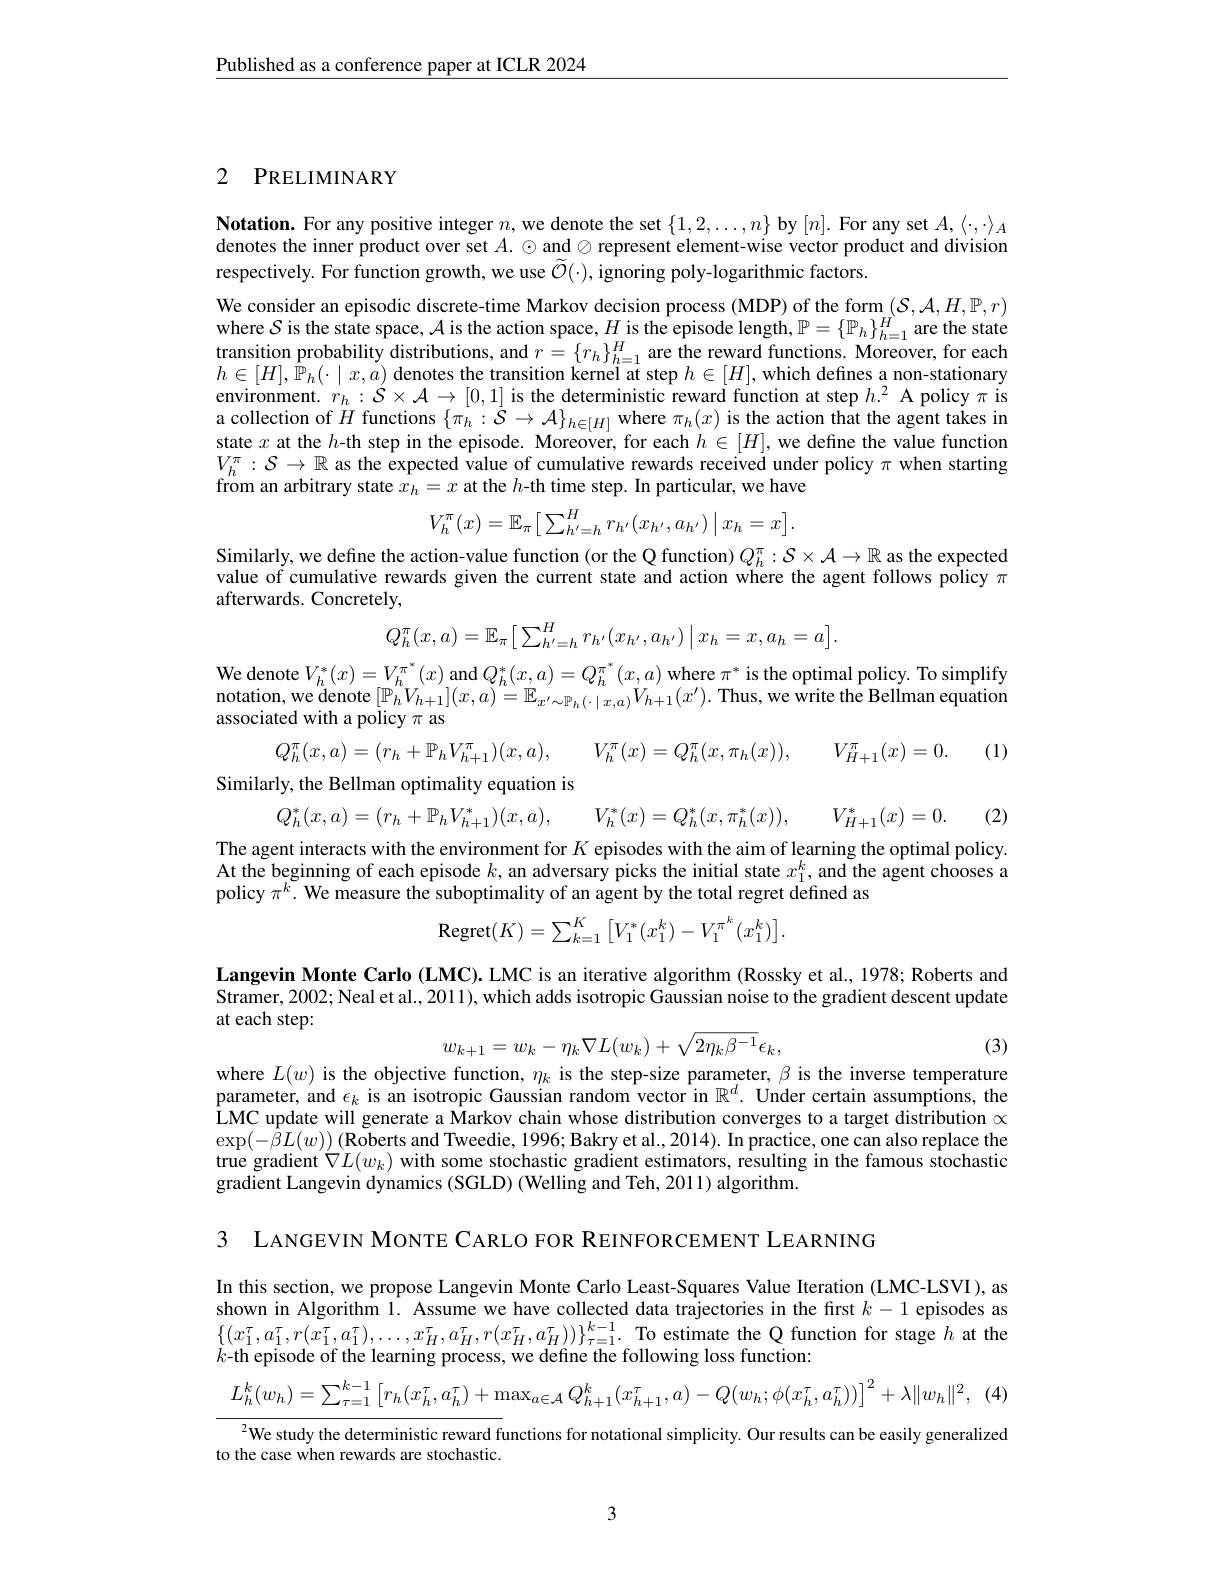
$\underline{\text{Published as a conference paper at ICLR 2024}}$

## 2 PRELIMINARY

$\textbf{Notation. For any positive integer }n$,we denote the set $\{1,2,\ldots,n\}$ by $[n].$ For any set $A,\langle\cdot,\cdot\rangle_A$

denotes the inner product over set $A.\odot$ and $\oslash$ represent element-wise vector product and division
respectively. For function growth, we use $\widetilde{\mathcal{O}}(\cdot)$, ignoring poly-logarithmic factors.
We consider an episodic discrete-time Markov decision process (MDP) of the form $(\mathcal{S},\mathcal{A},H,\mathbb{P},r)$ where $S$ is the state space, $\mathcal{A}$ is the action space, $H$ is the episode length, $\mathbb{P}=\{\mathbb{P}_h\}_h=1^H$ are the state $\begin{array}{ll}\text{transition probability distributions,and }r=\{r_h\}_{h=1}^H\text{are the reward functions. Moreover, for each}\\h\in[H],\mathbb{P}_h(\cdot\mid x,a)\text{ denotes the transition kernel at step }h\in[H],\text{which defines a non-stationary}\end{array}$ $\begin{array}{l}{\text{environment.}}r_{h}:S\times\mathcal{A}\to[0,1]\text{ is the deterministic reward function at step }h.^{2}\text{ A policy }\pi\text{ is}\\{\text{a collection of }H\text{ functions }\{\pi_{h}:\mathcal{S}\to\mathcal{A}\}_{h\in[H]}\text{ where }\pi_{h}(x)\text{ is the action that the agent takes in}\end{array}}\\{\text{a collection of }H\text{ fu$ $\begin{array}{l}{\text{state }x\text{ at the }h\text{-th step in the episode. Moreover, for each }h\in[H],\text{we define the value function}}\\{V_h^\pi:\mathcal{S}\to\mathbb{R}\text{ as the expected value of cumulative rewards received under policy }\pi\text{ when starting}}\end{array}$ from an arbitrary state $x_h=x$ at the $h$-th time step. In particular, we have
$$V_h^\pi(x)=\mathbb{E}_\pi\big[\sum_{h'=h}^Hr_{h'}(x_{h'},a_{h'})\big|\:x_h=x\big].$$
Similarly, we define the action-value function (or the Q function) $Q_h^\pi:\mathcal{S}\times\mathcal{A}\to\mathbb{R}$ as the expected value of cumulative rewards given the current state and action where the agent follows pôlicy $\pi$ afterwards. Concretely,
$$Q_{h}^{\pi}(x,a)=\mathbb{E}_{\pi}\big[\sum_{h^{\prime}=h}^{H}r_{h^{\prime}}(x_{h^{\prime}},a_{h^{\prime}})\:\big|\:x_{h}=x,a_{h}=a\big].$$
We denote $V_h^*(x)=V_h^{\pi}^*(x)$ and $Q_h^*(x,a)=Q_h^{\pi^*}(x,a)$ where $\pi^*$ is the optimal policy. To simplify notation, we denote $[\mathbb{P}_hV_{h+1}](x,a)=\mathbb{E}_{x^{\prime}\sim\mathbb{P}_h(\cdot|x,a)}V_{h+1}(x^{\prime}).$ Thus, we write the Bellman equation associated with a policy $\pi$ as

$Q_{h}^{\pi}(x,a)=(r_{h}+\mathbb{P}_{h}V_{h+1}^{\pi})(x,a)$,
$V_h^\pi ( x) = Q_h^\pi ( x, \pi _h( x) ) $, $V_{H+ 1}^\pi ( x) = 0.$ (1)
Similarly, the Bellman optimality equation is
$V_h^* ( x) = Q_h^* ( x, \pi _h^* ( x) ) $, $V_{H+ 1}^* ( x) = 0.$ (2)
$Q_{h}^{*}(x,a)=(r_{h}+\mathbb{P}_{h}V_{h+1}^{*})(x,a)$,

The agent interacts with the environment for $K$ episodes with the aim of learning the optimal policy. At the beginning of each episode $k$, an adversary picks the initial state $x_1^k$, and the agent chooses a policy $\pi^k.$ We measure the suboptimality of an agent by the total regret defined as
$$\mathrm{Regret}(K)=\sum_{k=1}^{K}\left[V_{1}^{*}(x_{1}^{k})-V_{1}^{\pi^{k}}(x_{1}^{k})\right].$$
Langevin Monte Carlo (LMC). LMC is an iterative algorithm (Rossky et al., 1978; Roberts and Stramer, 2002; Neal et al., 2011), which adds isotropic Gaussian noise to the gradient descent update at each step:
$$w_{k+1}=w_{k}-\eta_{k}\nabla L(w_{k})+\sqrt{2\eta_{k}\beta^{-1}}\epsilon_{k},$$
(3)

where $L(w)$ is the objective function, $\eta_k$ is the step-size parameter, $\beta$ is the inverse temperature

parameter, and $\epsilon_k$ is an isotropic Gaussian random vector in $\mathbb{R}^d.$ Under certain assumptions, the LMC update will generate a Markov chain whose distribution converges to a target distribution $\propto$ $\exp(-\hat{\beta}L(w))\left(\tilde{\textbf{Roberts and Tweedie, 1996; Bakry et al.}},2014\right).$ In practice, one can also replace the true gradient $\nabla L(w_k)$ with some stochastic gradient estimators, resulting in the famous stochastic gradient Langevin dynamics (SGLD) (Welling and Teh, 2011) algorithm.

3 LANGEVIN MONTE CARLO FOR REINFORCEMENT LEARNING

In this section, we propose Langevin Monte Carlo Least-Squares Value Iteration (LMC-LSVI), as shown in Algorithm 1. Assume we have collected data trajectories in the first $k-1$ episodes as $\begin{array}{ll}{\{(x_{1}^{\tau},a_{1}^{\tau},r(x_{1}^{\tau},a_{1}^{\tau}),\ldots,x_{H}^{\tau},a_{H}^{\tau},r(x_{H}^{\tau},a_{H}^{\tau}))\}_{\tau=1}^{k-1}.}&{\text{To estimate the Q function for stage }h}\\{\text{at }}\\{\text{at }}\\{\text{a }}\\{\text{a }}\\{\text{a }}\\{\text{a }}\\{\text{a }}\\{\text{a }}\\{\text{a }}\\{\text{a }}\\{\text{a }}\\{\text{a }}\\{\text{a }}\\{\text{a }}\end{array}$ $k{-}$th episode of the learning process, we define the following loss function:
$$L_{h}^{k}(w_{h})=\sum_{\tau=1}^{k-1}\left[r_{h}(x_{h}^{\tau},a_{h}^{\tau})+\max_{a\in\mathcal{A}}Q_{h+1}^{k}(x_{h+1}^{\tau},a)-Q(w_{h};\phi(x_{h}^{\tau},a_{h}^{\tau}))\right]^{2}+\lambda\|w_{h}\|^{2},\:($$
$^{2}$We study the deterministic reward functions for notational simplicity. Our results can be easily generalized
to the case when rewards are stochastic

3